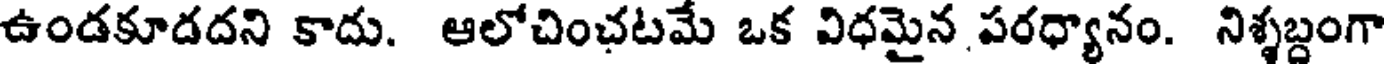
ఉండకూడదని కాదు. ఆలోచించటమే ఒక విధమైన పరధ్యానం. నిశ్శబ్దంగా